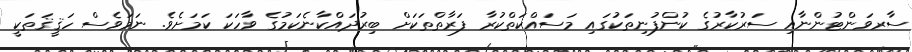
ސާރވަންޓުންނާއި ސަރުކާރުގެ ކުންފުނިތަކުގައި މަސައްކަތްކުރާ ފަރާތްތަކަށް ބިރުދައްކާނެކަމުގެ ވާހަކަ ކަމަށެވެ. ނަމަވެސް ހަޤީޤަތަކީ